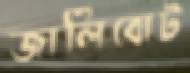
জালিবোট